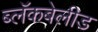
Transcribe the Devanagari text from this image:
ब्लॅकबेलीड